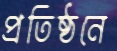
প্রতিষ্ঠনে